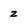
Character: z